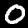
Label: 0